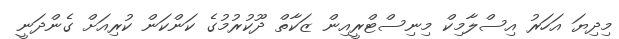
މިދިޔަ އަހަރު އިސްލާމިކް މިނިސްޓްރީއިން ޒަކާތް ދޫކުރުމުގެ ކަންކަން ކުރިއަށް ގެންދަނީ